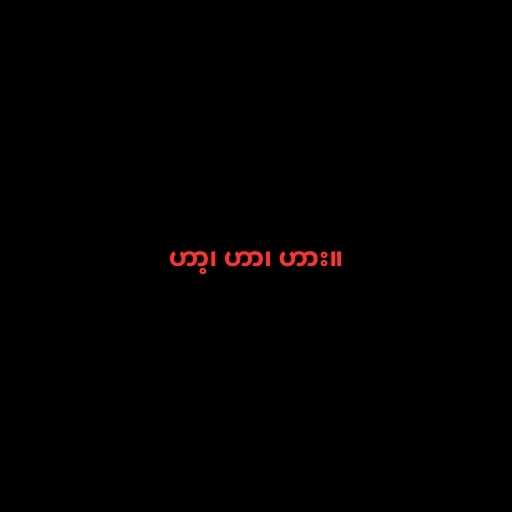
ဟာ့၊ ဟာ၊ ဟား။